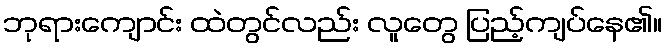
ဘုရားကျောင်း ထဲတွင်လည်း လူတွေ ပြည့်ကျပ်နေ၏။